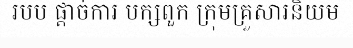
របប ផ្តាច់ការ បក្សពួក ក្រុមគ្រួសារនិយម